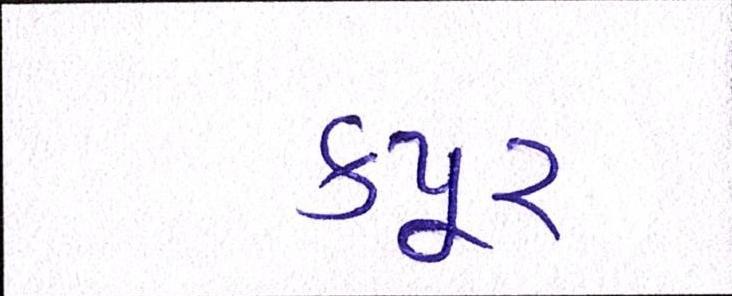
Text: કપૂર